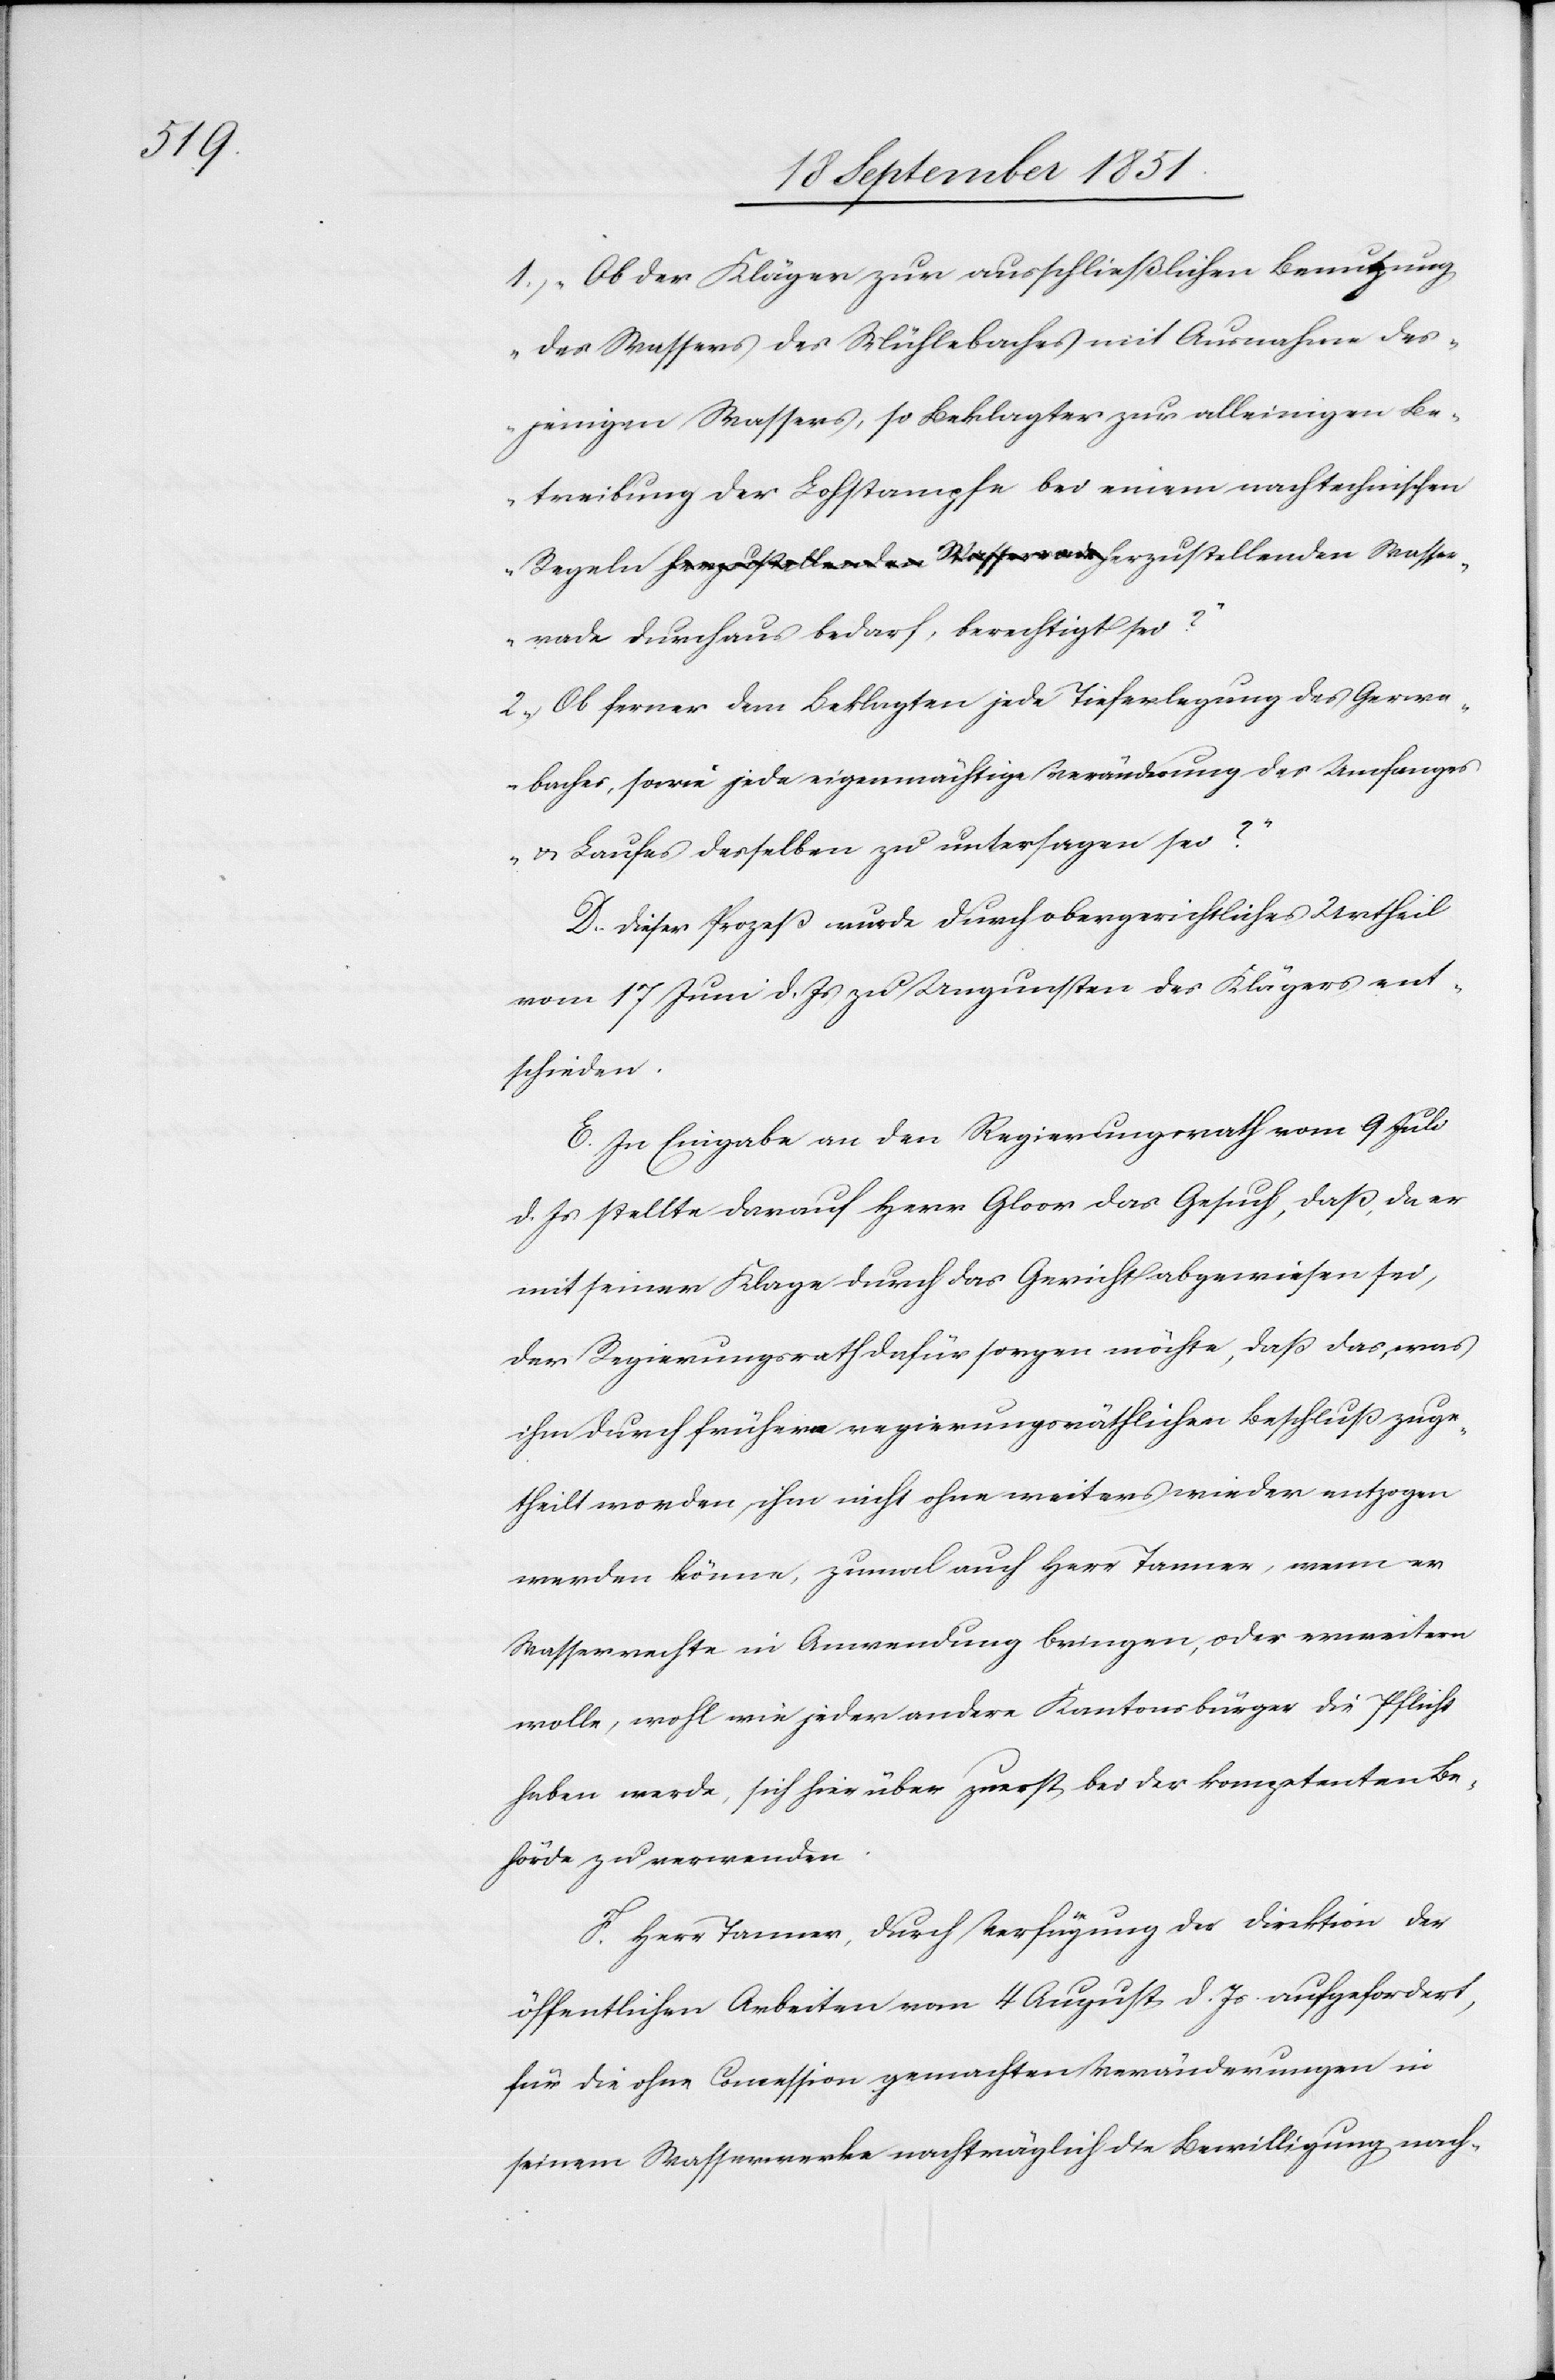
htigt

1.) „Ob der Kläger zur ausschließlichen Benutzung
des Wassers des Mühlebaches mit Ausnahme des¬
jenigen Wassers, so Beklagter zur alleinigen Be¬
treibung der Lohstampfe bei einem nach technischen
Regeln herzustellenden Wasserrade durchaus bedarf, berec¬
2) „Ob ferner dem Beklagten jede Tieferlegung des Gerwe¬
baches, sowie jede eigenmächtige Veränderung des Umfanges
& Laufes desselben zu untersagen sei?“
D. Dieser Prozeß wurde durch obergerichtliches Urtheil
vom 17 Juni d. Js zu Ungunsten des Klägers ent¬
schieden.
E. In Eingabe an den Regierungsrath vom 9 Juli
d. Js stellte darauf Herr Gloor das Gesuch, daß, da er
mit seiner Klage durch das Gericht abgewiesen sei,
der Regierungsrath dafür sorgen möchte, daß das, was
ihm durch frühern regierungsräthlichen Beschluß zuge¬
theilt worden, ihm nicht ohne weiters wieder entzogen
werden könne, zumal auch Herr Tanner, wenn er
Wasserrechte in Anwendung bringen, oder erweitern
wolle, wohl wie jeder andere Kantonsbürger die Pflicht
haben werde, sich hierüber zuerst bei der kompetenten Be¬
hörde zu verwenden.
F. Herr Tanner, durch Verfügung der Direktion der
öffentlichen Arbeiten vom 4 August d. Js. aufgefordert,
für die ohne Concession gemachten Veränderungen in
seinem Wasserwerke nachträglich die Bewilligung nach-